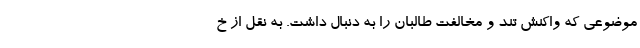
موضوعی که واکنش تند و مخالفت طالبان را به دنبال داشت. به نقل از خ